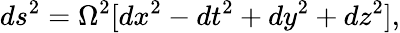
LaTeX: ds^{2}=\Omega^{2}[dx^{2}-dt^{2}+dy^{2}+dz^{2}],